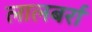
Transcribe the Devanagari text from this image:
लालबर्रा